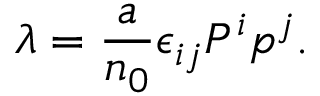
\lambda = { \frac { a } { n _ { 0 } } } \epsilon _ { i j } P ^ { i } p ^ { j } .